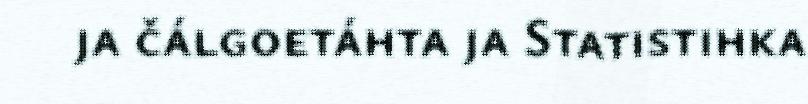
ja čálgoetáhta ja Statistihka